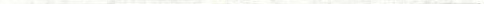
___